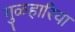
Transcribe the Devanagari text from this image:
गुळहारिया